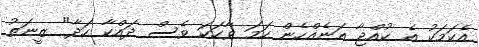
އެކަމަކު އެ ކުއްޖާ އަނެއްހެން ހަމަ ވާހަކަ ވެސް ދައްކާ ހަދާ" ޒީނަތު